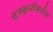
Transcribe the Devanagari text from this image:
सूत्रकृमीमधील